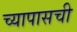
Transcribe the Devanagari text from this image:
च्यापासची